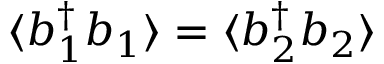
\langle b _ { 1 } ^ { \dagger } b _ { 1 } \rangle = \langle b _ { 2 } ^ { \dagger } b _ { 2 } \rangle